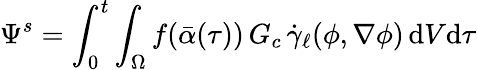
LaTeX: \Psi^{s}=\int_{0}^{t}\int_{\Omega}f(\bar{\alpha}(\tau))\, G_{c}\, \dot{\gamma}_{\ell}(\phi,\nabla\phi)\, \mathrm{d}V\mathrm{d}\tau